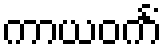
ကာယဝင်္ကံ